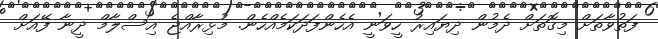
ފަތުވާތަށް މިގޮތަށް ދެމުން ދިޔައިރު ހީވަނީ އެހެންފަދަކަމެއްހެން. މުޅިރާއްޖެ އިސްލާމް ދީނާ ފޭއަށް